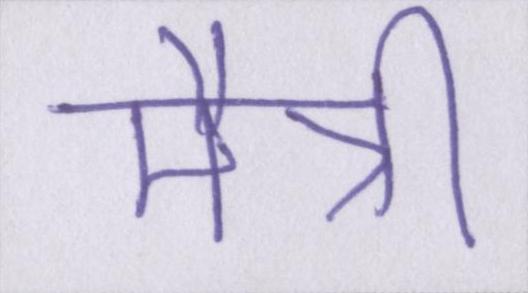
मैत्री